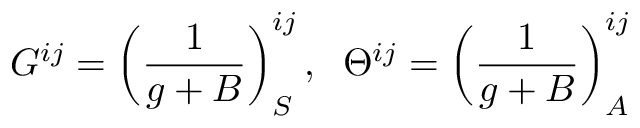
G ^ { i j } = \left( { \frac { 1 } { g + B } } \right) _ { S } ^ { i j } , \; \; \Theta ^ { i j } = \left( { \frac { 1 } { g + B } } \right) _ { A } ^ { i j }